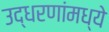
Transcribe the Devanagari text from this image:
उद्धरणांमध्ये